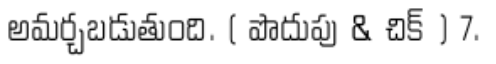
అమర్చబడుతుంది. ( పొదుపు & చిక్ ) 7.